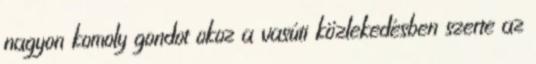
nagyon komoly gondot okoz a vasúti közlekedésben szerte az